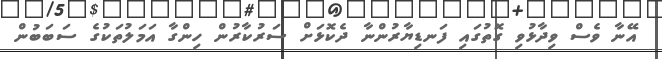
އޭނާ ވެސް ވިދާޅުވި ގޮތުގައި ފަނޑިޔާރުންނާ ދެކޮޅަށް ސަރުކާރުން ހިންގާ އަމަލުތަކުގެ ސަބަބުން